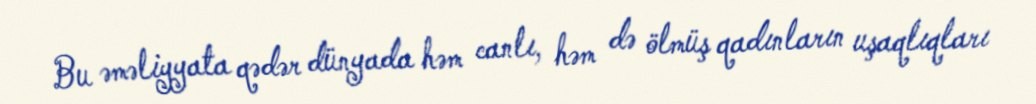
Bu əməliyyata qədər dünyada həm canlı, həm də ölmüş qadınların uşaqlıqları